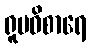
ရူပဝိစာရေ